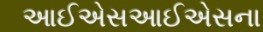
આઈએસઆઈએસના